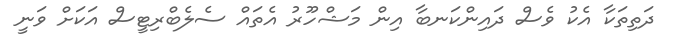
ދަތިތަކާ އެކު ވެސް ދައިންކަނބާ އިން މަޝްހޫރު އެތައް ސެލެބްރިޓީސް އަކަށް ވަނީ